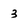
Character: 3